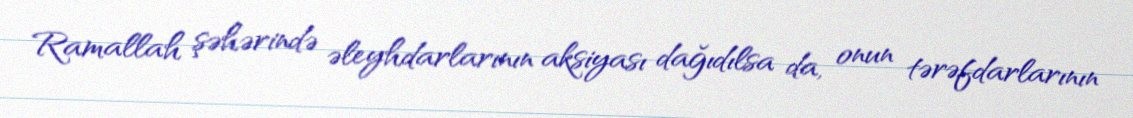
Ramallah şəhərində əleyhdarlarının aksiyası dağıdılsa da, onun tərəfdarlarının